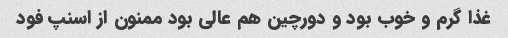
غذا گرم و خوب بود و دورچین هم عالی بود ممنون از اسنپ فود